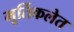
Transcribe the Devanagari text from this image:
मूर्तिकलेत